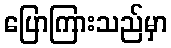
ပြောကြားသည်မှာ